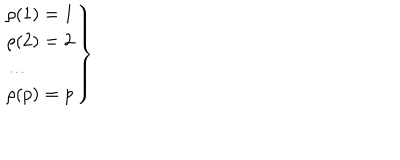
LaTeX: \left. \begin{array} { l } { { \rho ( 1 ) = 1 } } \\ { { \rho ( 2 ) = 2 } } \\ { { \ldots } } \\ { { \rho ( p ) = p } } \\ \end{array} \right\}